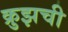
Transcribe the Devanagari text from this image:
क्रुझची